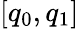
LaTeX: [q_{0},q_{1}]